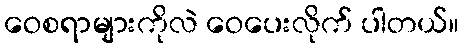
ဝေစရာများကိုလဲ ဝေပေးလိုက် ပါတယ်။